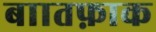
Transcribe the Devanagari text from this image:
बाातफ़ाक